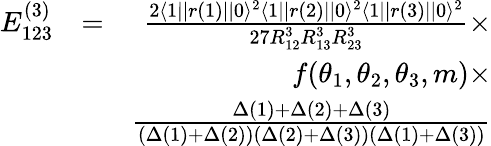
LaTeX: \begin{array}{rlr}{E_{123}^{(3)}}&{=}&{\frac{2\langle 1||r(1)||0\rangle^{2}\langle 1||r(2)||0\rangle^{2}\langle 1||r(3)||0\rangle^{2}}{27R_{12}^{3}R_{13}^{3}R_{23}^{3}}\times}\\ &{}&{f(\theta_{1},\theta_{2},\theta_{3},m)\times}\\ &{}&{\frac{\Delta(1)+\Delta(2)+\Delta(3)}{(\Delta(1)+\Delta(2))(\Delta(2)+\Delta(3))(\Delta(1)+\Delta(3))}}\end{array}